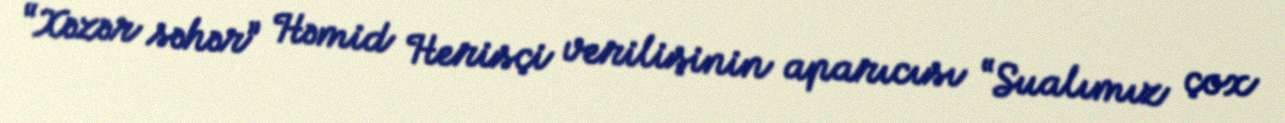
“Xəzər səhər” Həmid Herisçi verilişinin aparıcısı “Sualımız çox